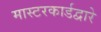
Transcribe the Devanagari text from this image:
मास्टरकार्डद्वारे